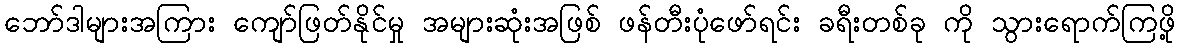
ဘော်ဒါများအကြား ကျော်ဖြတ်နိုင်မှု အများဆုံးအဖြစ် ဖန်တီးပုံဖော်ရင်း ခရီးတစ်ခု ကို သွားရောက်ကြဖို့